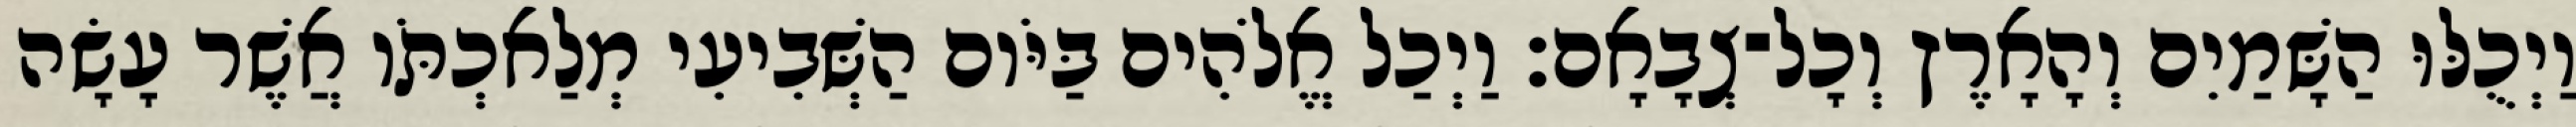
וַיְכֻלּוּ הַשָּׁמַיִם וְהָאָרֶץ וְכָל־צְבָאָם׃ וַיְכַל אֱלֹהִים בַּיֹּום הַשְּׁבִיעִי מְלַאכְתֹּו אֲשֶׁר עָשָׂה